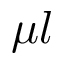
\mu l